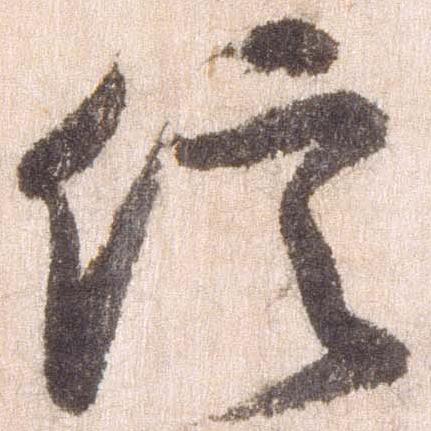
信